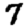
Digit: 7